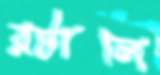
রটালি